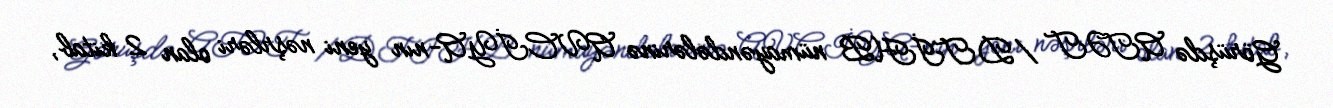
Görüşdə ATƏT /DTİHB nümayəndələrinə AVCİYA-nın yeni nəşrləri olan 2 kitab,